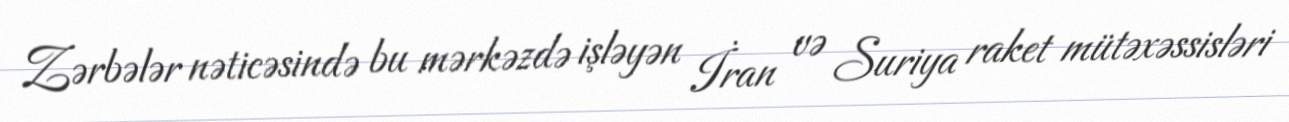
Zərbələr nəticəsində bu mərkəzdə işləyən İran və Suriya raket mütəxəssisləri